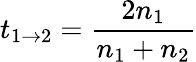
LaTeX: t_{1\rightarrow 2}=\frac{2n_{1}}{n_{1}+n_{2}}